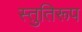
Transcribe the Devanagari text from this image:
स्तुतिरूप